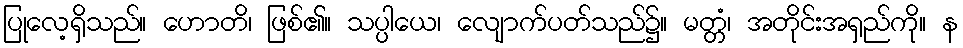
ပြုလေ့ရှိသည်။ ဟောတိ၊ ဖြစ်၏။ သပ္ပါယေ၊ လျောက်ပတ်သည်၌။ မတ္တံ၊ အတိုင်းအရှည်ကို။ န